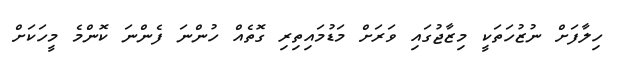
ހިލާފަށް ނުޒުހަތަކީ މިޒާޖުގައި ވަރަށް މަޑުމައިތިރި ގޮތެއް ހުންނަ ފެންނަ ކޮންމެ މީހަކަށް